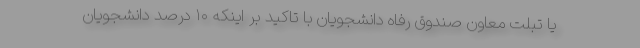
یا تبلت معاون صندوق رفاه دانشجویان با تاکید بر اینکه ۱۰ درصد دانشجویان